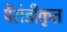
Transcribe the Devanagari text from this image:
पैरोडीकृत